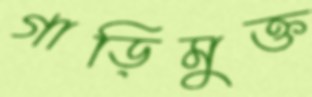
গাড়িমুক্ত